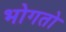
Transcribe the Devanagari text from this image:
भोगतो